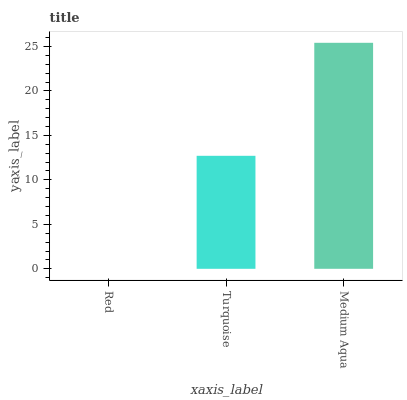
| xaxis_label | bars |
 | --- | --- |
 | Red | 0 |
 | Turquoise | 12.7 |
 | Medium Aqua | 25.4 |